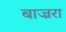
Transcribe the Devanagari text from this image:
बाज्ररा